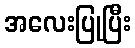
အလေးပြုပြီး